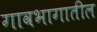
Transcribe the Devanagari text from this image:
गावभागातील